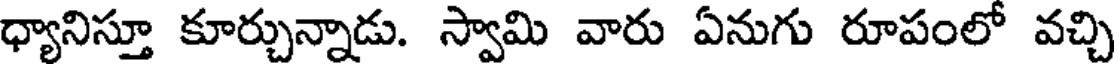
ధ్యానిస్తూ కూర్చున్నాడు. స్వామి వారు ఏనుగు రూపంలో వచ్చి